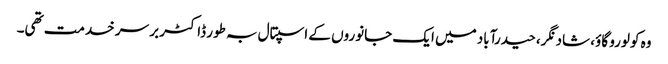
وہ کولورو گاؤ، شاد نگر، حیدرآباد میں ایک جانوروں کے اسپتال بہ طور ڈاکٹر بر سر خدمت تھی۔